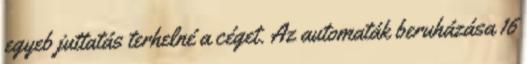
egyeb juttatás terhelné a céget. Az automaták beruházása 16